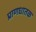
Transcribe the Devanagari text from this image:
प्राणधातक